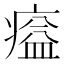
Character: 𤸸